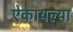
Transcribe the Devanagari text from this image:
ऐकायल्या